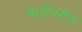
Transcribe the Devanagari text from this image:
चांदीवरील